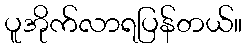
ပူအိုက်လာရပြန်တယ်။